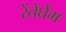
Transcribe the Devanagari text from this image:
रेंतेर्घेम